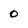
Character: 0